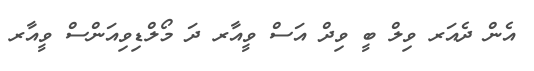
އެން ދެއަރ ވިލް ބީ ވިދް އަސް ވީއާރ ދަ މޯލްޑިވިއަންސް ވީއާރ